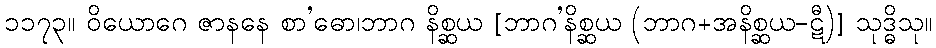
၁၁၇၃။ ဝိယောဂေ ဇာနနေ စာ’ဓော၊ဘာဂ နိစ္ဆယ [ဘာဂ’နိစ္ဆယ (ဘာဂ+အနိစ္ဆယ-ဋီ)] သုဒ္ဓိသု။